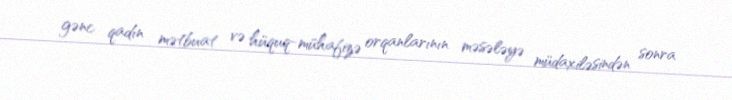
gənc qadın mətbuat və hüquq-mühafizə orqanlarının məsələyə müdaxiləsindən sonra